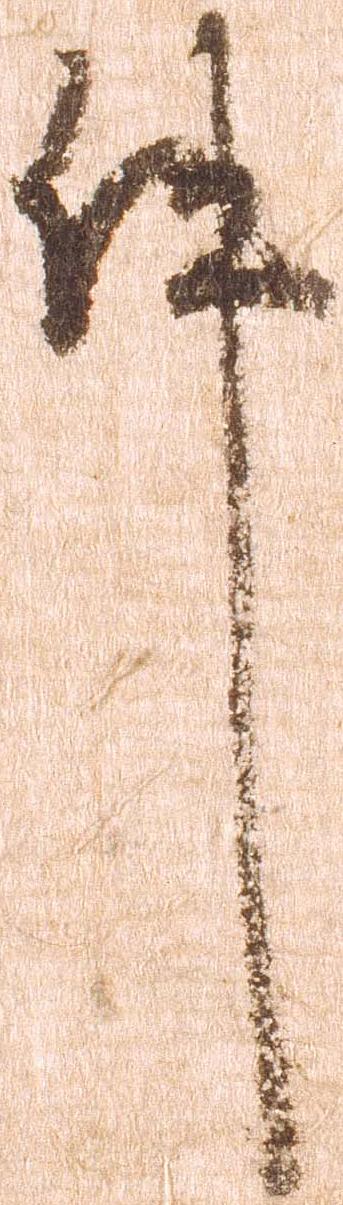
件